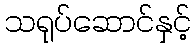
သရုပ်ဆောင်နှင့်